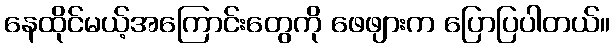
နေထိုင်မယ့်အကြောင်းတွေကို ဖေဖျားက ပြောပြပါတယ်။